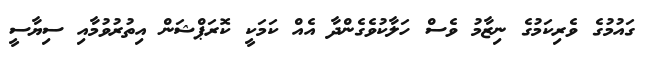
ގައުމުގެ ވެރިކަމުގެ ނިޒާމު ވެސް ހަލާކުވެގެންދާ އެއް ކަމަކީ ކޮރަޕްޝަން އިތުރުވުމާއި ސިޔާސީ